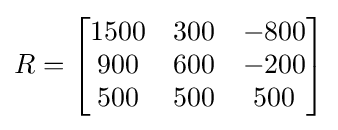
R={\begin{bmatrix}1500&300&-800\\900&600&-200\\500&500&500\end{bmatrix}}